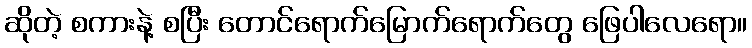
ဆိုတဲ့ စကားနဲ့ စပြီး တောင်ရောက်မြောက်ရောက်တွေ ဖြေပါလေရော။